Indian journal of veterinary science and animal husbandry - Volume 12,
Year: 1942
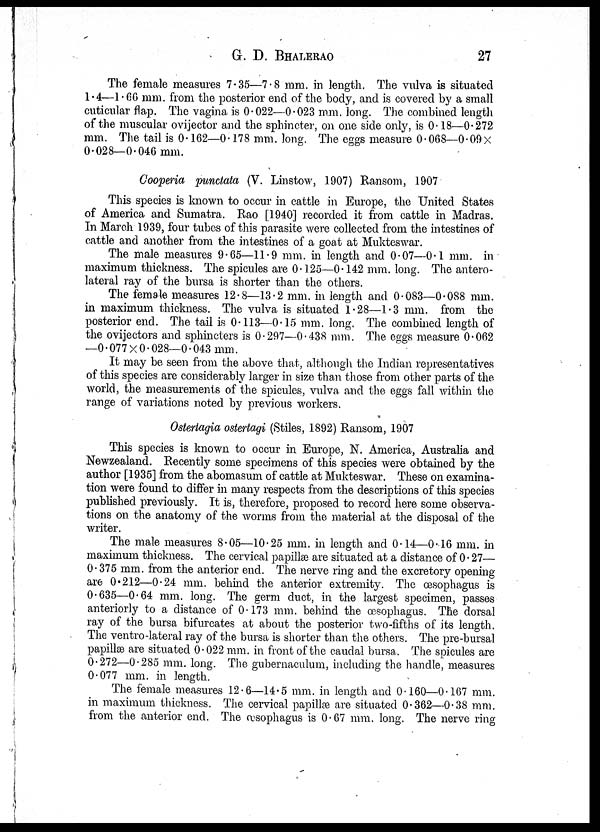
G. D.
BHALERAO
27
The female measures 7.35—7.8 mm. in length. The vulva is situated
1.4—1.60 mm. from the posterior end of the body, and is covered by a small
cuticular flap. The vagina is 0.022—0.023 mm. long. The combined length
of the muscular ovijector and the sphincter, on one side only, is 0.18—0.272
mm. The tail is 0.162—0.178 mm. long. The eggs measure 0.068—0.09 ×
0.028—0.046 mm.
Cooperia punctata (V. Linstow, 1907) Ransom, 1907
This species is known to occur in cattle in Europe, the United States
of America and Sumatra. Rao [1940] recorded it from cattle in Madras.
In March 1939, four tubes of this parasite were collected from the intestines of
cattle and another from the intestines of a goat at Mukteswar.
The male measures 9.65—11.9 mm. in length and 0.07—0.1 mm. in
maximum thickness. The spicules are 0.125—0.142 mm. long. The antero-
lateral ray of the bursa is shorter than the others.
The female measures 12.8—13.2 mm. in length and 0.083—0.088 mm.
in maximum thickness. The vulva is situated 1.28—1.3 mm. from the
posterior end. The tail is 0.113—0.15 mm. long. The combined length of
the ovijectors and sphincters is 0.297—0.438 mm. The eggs measure 0.062
—0.077 × 0.028—0.043 mm.
It may be seen from the above that, although the Indian representatives
of this species are considerably larger in size than those from other parts of the
world, the measurements of the spicules, vulva and the eggs fall within the
range of variations noted by previous workers.
Ostertagia ostertagi (Stiles, 1892) Ransom, 1907
This species is known to occur in Europe, N. America, Australia and
Newzealand. Recently some specimens of this species were obtained by the
author [1935] from the abomasum of cattle at Mukteswar. These on examina-
tion were found to differ in many respects from the descriptions of this species
published previously. It is, therefore, proposed to record here some observa-
tions on the anatomy of the worms from the material at the disposal of the
writer.
The male measures 8.05—10.25 mm. in length and 0.14—0.16 mm. in
maximum thickness. The cervical papillæ are situated at a distance of 0.27—
0.375 mm. from the anterior end. The nerve ring and the excretory opening-
are 0.212—0.24 mm. behind the anterior extremity. The œsophagus is
0.635—0.64 mm. long. The germ duct, in the largest specimen, passes
anteriorly to a distance of 0.173 mm. behind the œsophagus. The dorsal
ray of the bursa bifurcates at about the posterior two-fifths of its length.
The ventro-lateral ray of the bursa is shorter than the others. The pre-bursal
papillæ are situated 0.022 mm. in front of the caudal bursa. The spicules are
0.272—0.285 mm. long. The gubernaculum, including the handle, measures
0.077 mm. in length.
The female measures 12.6—14.5 mm. in length and 0.160—0.167 mm.
in maximum thickness. The cervical papillæ are situated 0.362—0.38 mm.
from the anterior end. The œsophagus is 0.67 mm. long. The nerve ring